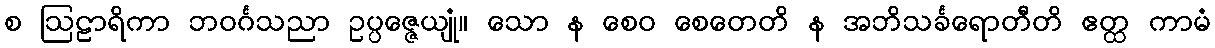
စ ဩဠာရိကာ ဘဝင်္ဂသညာ ဥပ္ပဇ္ဇေယျုံ။ သော န စေဝ စေတေတိ န အဘိသင်္ခရောတီတိ ဧတ္ထ ကာမံ